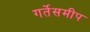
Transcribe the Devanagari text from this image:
गर्तेसमीप